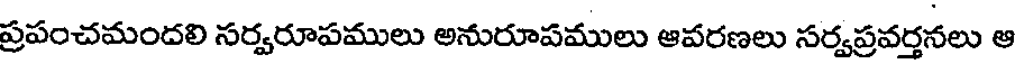
ప్రపంచమందలి సర్వరూపములు అనురూపములు ఆవరణలు సర్వప్రవర్తనలు ఆ